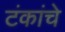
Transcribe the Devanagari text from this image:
टंकांचे